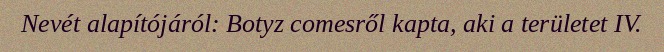
Nevét alapítójáról: Botyz comesről kapta, aki a területet IV.